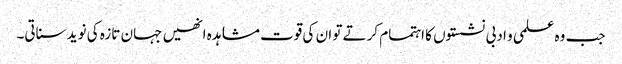
جب وہ علمی و ادبی نشستوں کا اہتمام کرتے تو ان کی قوت مشاہدہ انھیں جہان تازہ کی نوید سناتی۔